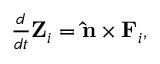
\begin{array} { r } { \frac { d } { d t } { \bf Z } _ { i } = { \bf \hat { n } } \times { \bf F } _ { i } , } \end{array}